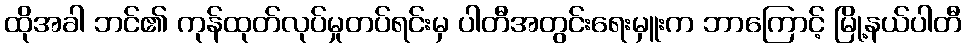
ထိုအခါ ဘင်၏ ကုန်ထုတ်လုပ်မှုတပ်ရင်းမှ ပါတီအတွင်းရေးမှူးက ဘာကြောင့် မြို့နယ်ပါတီ